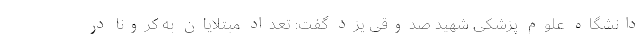
دانشگاه علوم پزشکی شهید صدوقی یزد گفت: تعداد مبتلایان به کرونا در